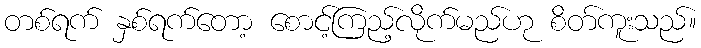
တစ်ရက် နှစ်ရက်တော့ စောင့်ကြည့်လိုက်မည်ဟု စိတ်ကူးသည်။